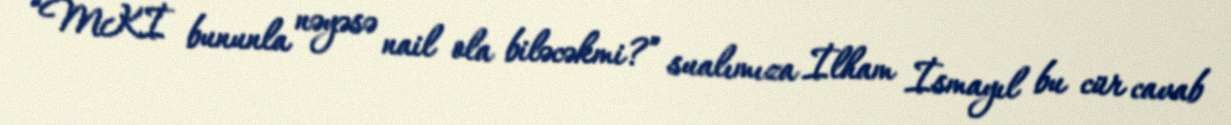
“MKİ bununla nəyəsə nail ola biləcəkmi?” sualımıza İlham İsmayıl bu cür cavab